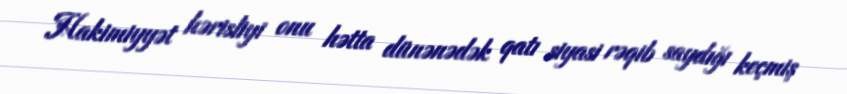
Hakimiyyət hərisliyi onu hətta dünənədək qatı siyasi rəqib saydığı keçmiş